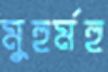
মুহুর্মহু